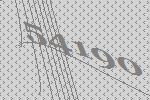
54190